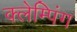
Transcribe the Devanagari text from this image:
क्लेम्पिंग